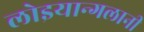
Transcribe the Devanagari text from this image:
लोइयान्गलानी